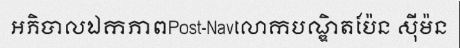
អភិបាលឯកភាពPost-Navលោកបណ្ឌិតប៉ែន ស៊ីម៉ន